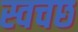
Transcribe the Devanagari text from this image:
स्वचछ